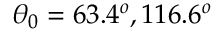
\theta _ { 0 } = 6 3 . 4 ^ { o } , 1 1 6 . 6 ^ { o }